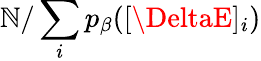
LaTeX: \mathbb{N}/\sum_{i}p_{\beta}([\DeltaE]_{i})